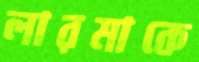
লারমাকে